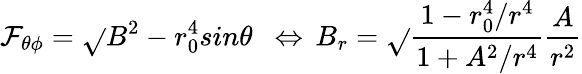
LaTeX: \mathcal{F}_{\theta\phi}=\sqrt{}{{B^{2}-r_{0}^{4}}}sin\theta\ \ \Leftrightarrow\, B_{r}=\sqrt{}{{\frac{{1-r_{0}^{4}/r^{4}}}{{1+A^{2}/r^{4}}}}}\frac{{A}}{{r^{2}}}